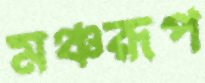
মঞ্চরূপ